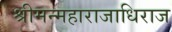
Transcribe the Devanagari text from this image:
श्रीमन्महाराजाधिराज